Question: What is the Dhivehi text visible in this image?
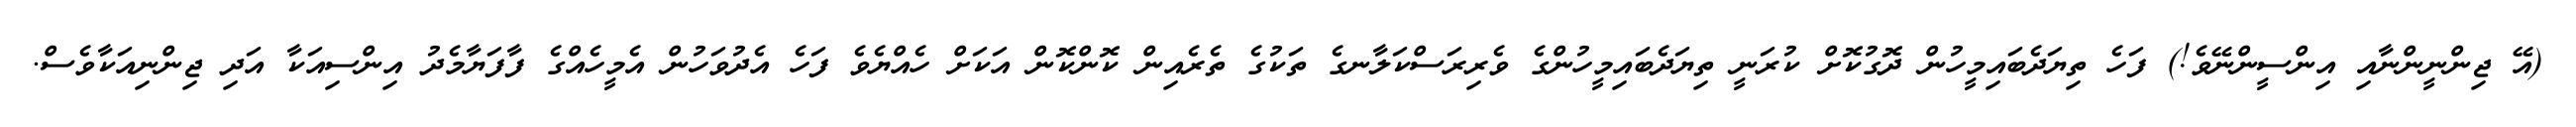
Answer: (އޭ ޖިންނީންނާއި އިންސީންނޭވެ!) ފަހެ ތިޔަދެބައިމީހުން ދޮގުކޮށް ކުރަނީ ތިޔަދެބައިމީހުންގެ ވެރިރަސްކަލާނގެ ތަކުގެ ތެރެއިން ކޮންކޮން އަކަށް ހެއްޔެވެ ފަހެ އެދުވަހުން އެމީހެއްގެ ފާފަޔާމެދު އިންސިއަކާ އަދި ޖިންނިއަކާވެސް.